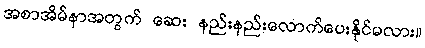
အစာအိမ်နာအတွက် ဆေး နည်းနည်းလောက်ပေးနိုင်မလား။